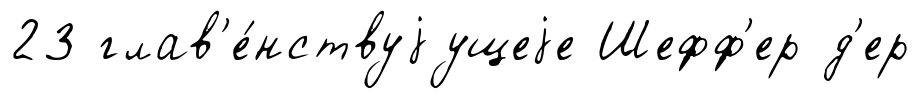
23 глав'е́нствуjущеjе Шефф'ер д'ер